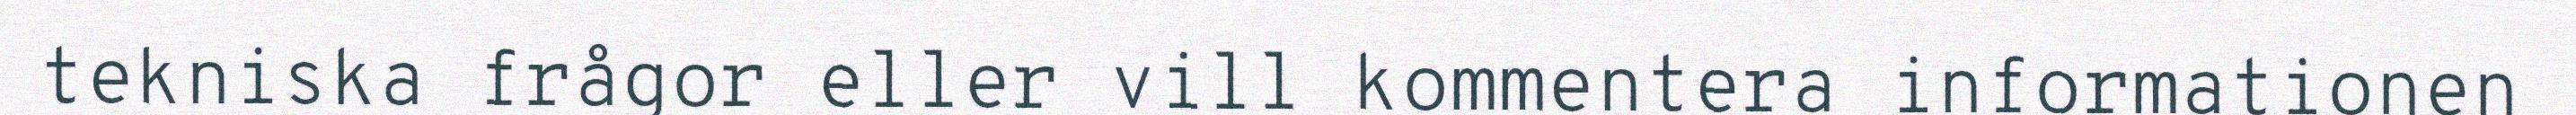
tekniska frågor eller vill kommentera informationen